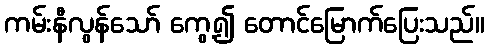
ကမ်းနီလွန်သော် ကွေ့၍ တောင်မြောက်ပြေးသည်။